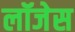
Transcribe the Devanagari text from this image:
लॉजेस